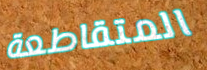
المتقاطعة